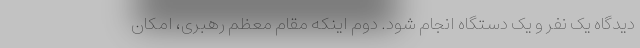
دیدگاه یک نفر و یک دستگاه انجام شود. دوم اینکه مقام معظم رهبری، امکان